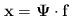
LaTeX: \begin{align*}\mathbf{x} = \mathbf{\Psi} \cdot \mathbf{f}\end{align*}